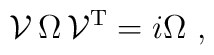
{\cal V}\,\Omega \,{\cal V}^{\rm T} = i\Omega\ ,